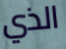
الذي